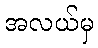
အလယ်မှ